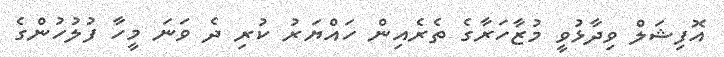
އޮފިޝަލް ވިދާޅުވީ މުޒާހަރާގެ ތެރެއިން ހައްޔަރު ކުރި ދެ ވަނަ މީހާ ފުލުހުންގެ